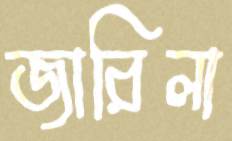
জারিলা